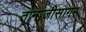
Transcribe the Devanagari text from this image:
तानाजीसागर